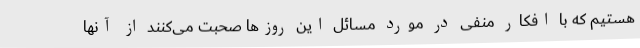
هستیم که با افکار منفی در مورد مسائل این روزها صحبت می‌کنند از آنها